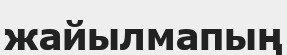
жайылмапың